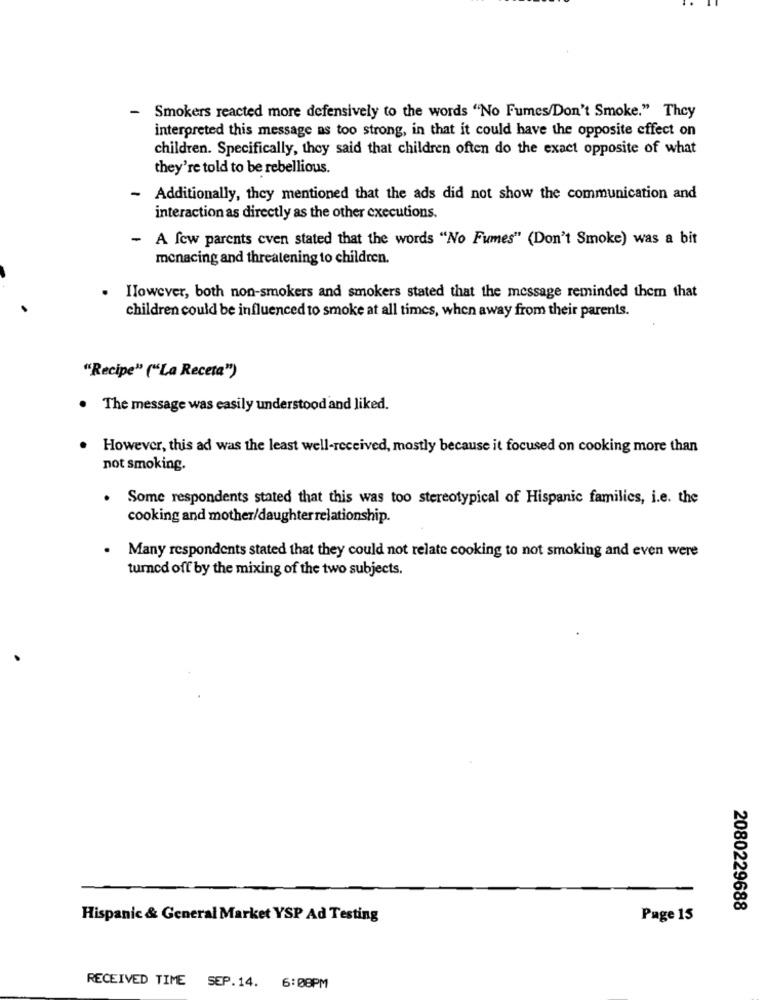
-
Smokers reacted more defensively to the words "No Fumes/Don't Smoke." They
interpreted this message as too strong, in that it could have the opposite effect on
children. Specifically, they said that children often do the exact opposite of what
they're told to be rebellious.
- Additionally, they mentioned that the ads did not show the communication and
interaction as directly as the other executions.
- A few parents cven stated that the words "No Fumes" (Don't Smoke) was a bit
menacing and threatening to children.
However, both non-smokers and smokers stated that the message reminded them that
children could be influenced to smoke at all times, when away from their parents.
"Recipe" ("La Receta")
The message was easily understood and liked.
However, this ad was the least well-received, mostly because it focused on cooking more than
not smoking.
.
Some respondents stated that this was too stereotypical of Hispanic families, i.e. the
cooking and mother/daughter relationship.
. Many respondents stated that they could not relate cooking to not smoking and even were
turned off by the mixing of the two subjects.
2080229688
Hispanic & General Market YSP Ad Testing
Page 15
RECEIVED TIME SEP.14. 6:08PM